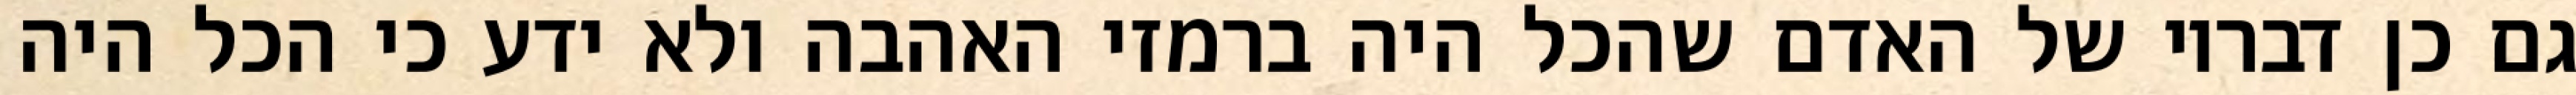
גם כן דבריו של האדם שהכל היה ברמזי האהבה ולא ידע כי הכל היה